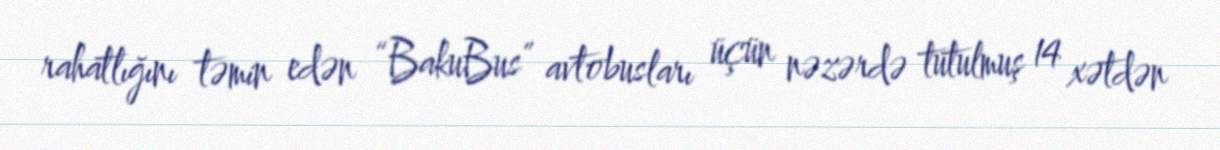
rahatlığını təmin edən “BakuBus” avtobusları üçün nəzərdə tutulmuş 14 xətdən